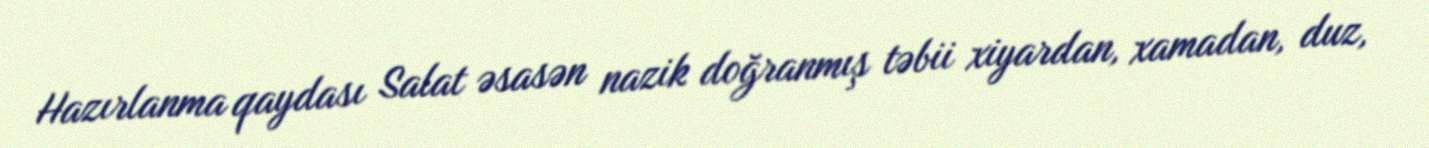
Hazırlanma qaydası Salat əsasən nazik doğranmış təbii xiyardan, xamadan, duz,